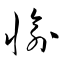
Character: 愉